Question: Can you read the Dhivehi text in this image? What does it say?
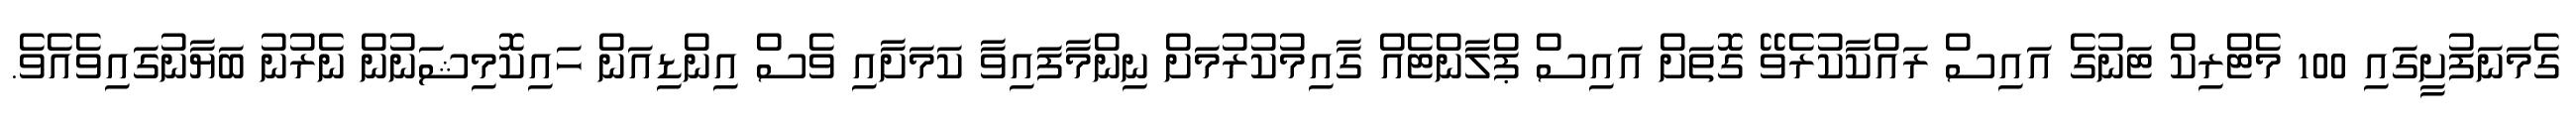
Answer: ގެމަނަފުށީގައި 100 މެޓްރިކް ޓަނުގެ އައިސް ރައްކާކުރެވޭ ގޮތަށް އައިސް ޕްލާންޓެއް ގާއިމުކުރުމަށް ނިންމާފައިވާ ކަމަށާއި ވެސް އިންޑިއަން ހައިކޮމިޝަނުން ނެރުނު ބަޔާނުގައިވެއެވެ.